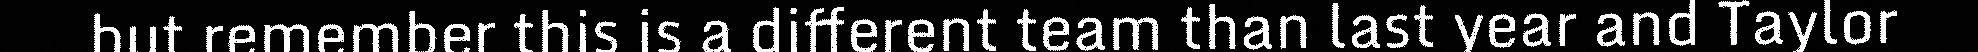
but remember this is a different team than last year and Taylor